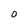
Character: 0